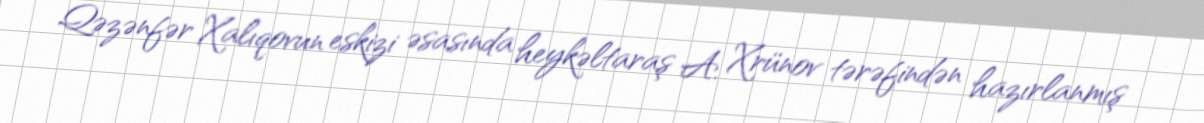
Qəzənfər Xalıqovun eskizi əsasında heykəltaraş A. Xrünov tərəfindən hazırlanmış